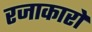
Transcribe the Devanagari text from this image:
रजाकारो